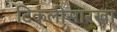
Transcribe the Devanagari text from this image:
टिकलीसारखा